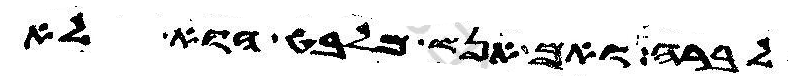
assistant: לברה ואם אנש מלבט הוא לא